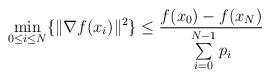
LaTeX: \begin{align*} \min\limits _{0 \leq i \leq N}\{\|\nabla f(x_i)\|^2\} &\leq \frac{f(x_0)-f(x_{N})}{\sum \limits _{i=0}^{N-1} p_i} \end{align*}